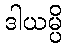
ဒါယမ္ပိ